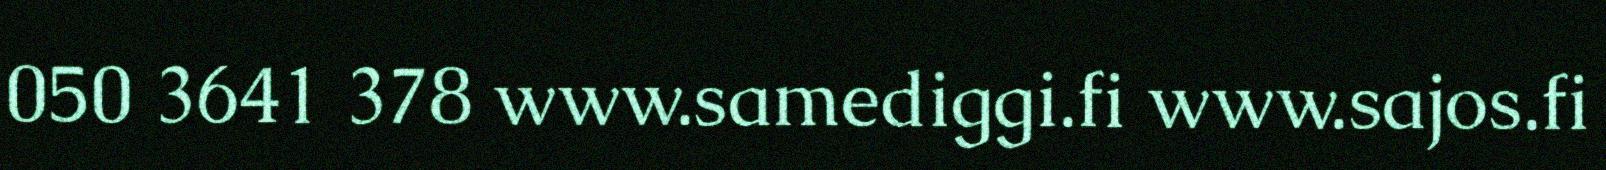
050 3641 378 www.samediggi.fi www.sajos.fi